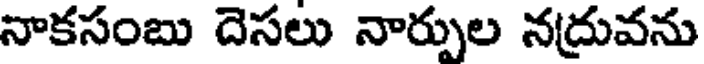
నాకసంబు దెసలు నార్పుల నద్రువను